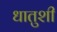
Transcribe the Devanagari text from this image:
धातुशी